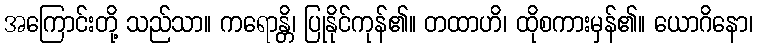
အကြောင်းတို့ သည်သာ။ ကရောန္တိ၊ ပြုနိုင်ကုန်၏။ တထာဟိ၊ ထိုစကားမှန်၏။ ယောဂိနော၊